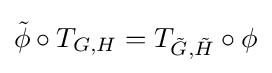
{\tilde {\phi }}\circ T_{G,H}=T_{{\tilde {G}},{\tilde {H}}}\circ \phi